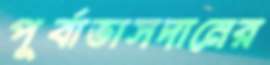
পূর্বাভাসদানের